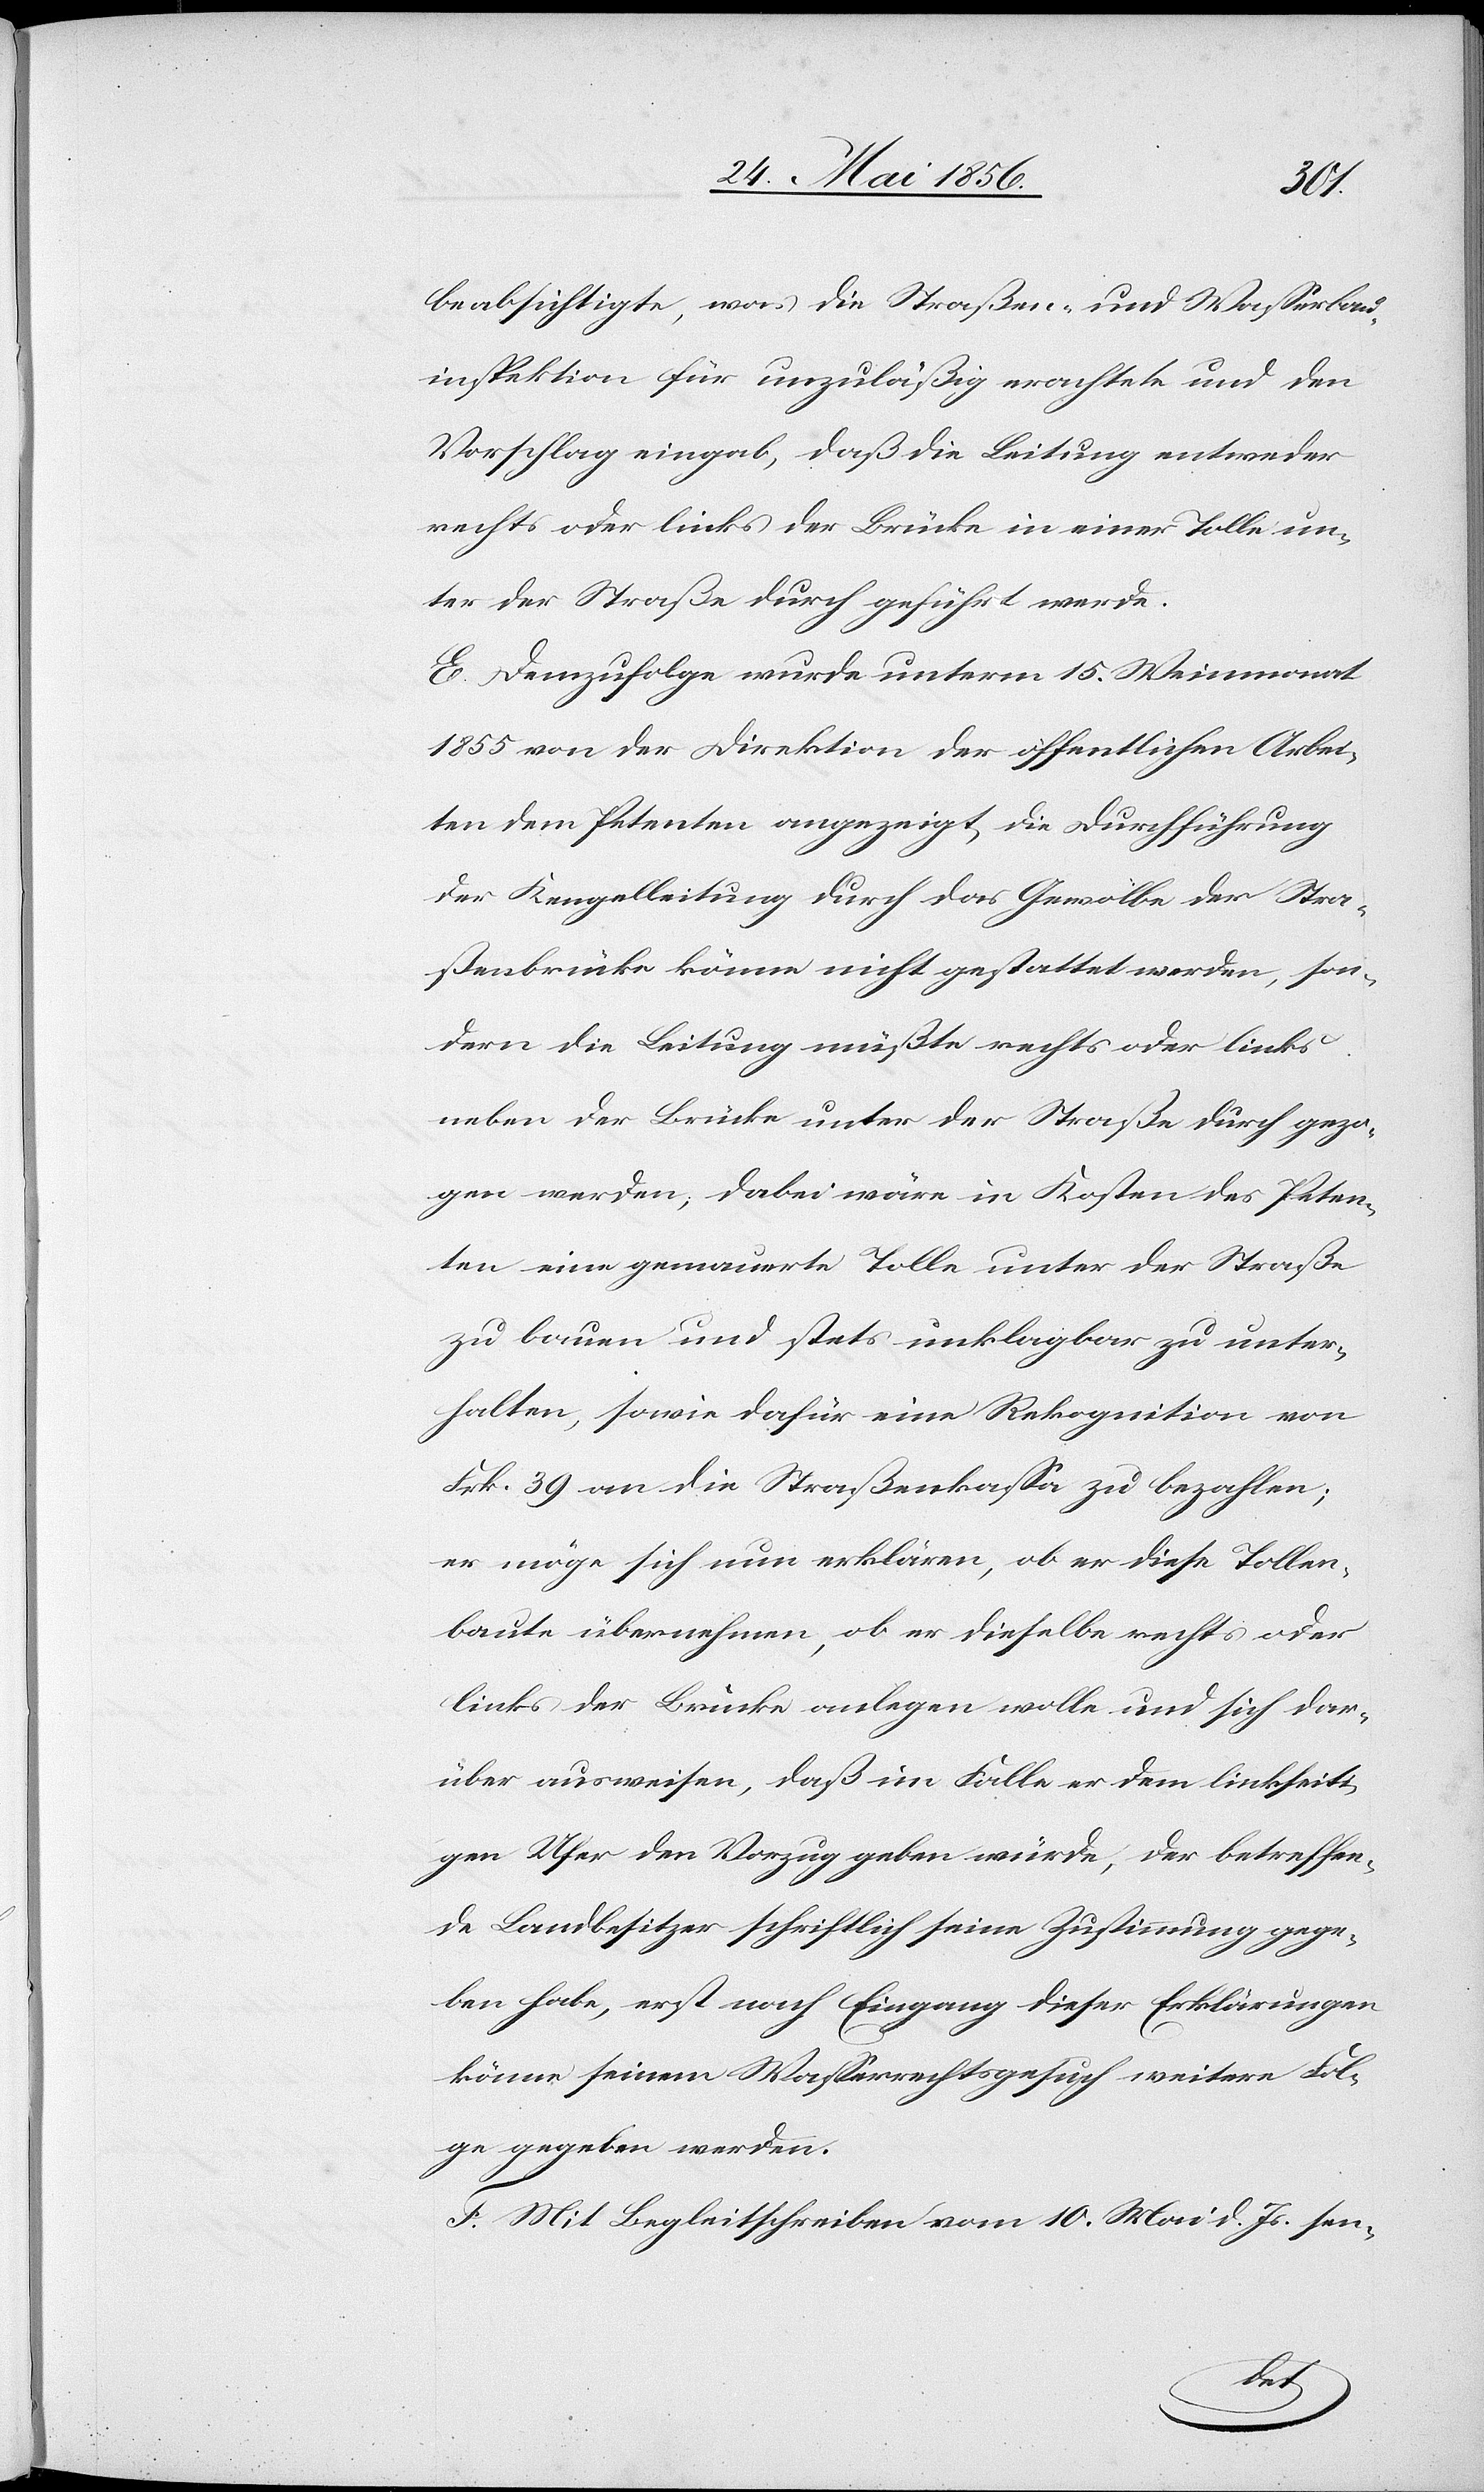
beabsichtigte, was die Straßen- und Wasserbau¬
inspektion für unzuläßig erachtete und den
Vorschlag eingab, daß die Leitung entweder
rechts oder links der Brücke in einer Tolle un¬
ter der Straße durch geführt werde.
E. Demzufolge wurde unterm 15. Weinmonat
1855 von der Direktion der öffentlichen Arbei¬
ten dem Petenten angezeigt, die Durchführung
der Kengelleitung durch das Gewölbe der Stra¬
ßenbrücke könne nicht gestattet werden, son¬
dern die Leitung müßte rechts oder links
neben der Brücke unter der Straße durch gezo¬
gen werden; dabei wäre in Kosten des Peten¬
ten eine gemauerte Tolle unter der Straße
zu bauen und stets unklagbar zu unter¬
halten, sowie dafür eine Rekognition von
Frk. 39 an die Straßenkassa zu bezahlen;
er möge sich nun erklären, ob er diese Tollen¬
baute übernehmen, ob er dieselbe rechts oder
links der Brücke anlegen wolle und sich dar¬
über ausweisen, daß im Falle er dem linksseiti¬
gen Ufer den Vorzug geben würde, der betreffen¬
de Landbesitzer schriftlich seine Zustimmung gege¬
ben habe, erst nach Eingang dieser Erklärungen
könne seinem Wasserrechtsgesuch weitere Fol¬
ge gegeben werden.
F. Mit Begleitschreiben vom 10. Mai d. Js. sen-